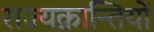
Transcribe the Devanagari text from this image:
राज्यक्रान्तियों